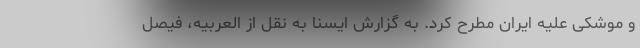
و موشکی علیه ایران مطرح کرد. به گزارش ایسنا به نقل از العربیه، فیصل